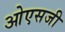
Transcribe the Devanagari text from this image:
ओएसजी